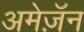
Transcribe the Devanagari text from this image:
अमेज़ॅन